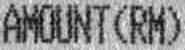
AMOUNT (RM)